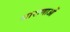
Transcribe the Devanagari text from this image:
धाराणाआें